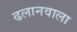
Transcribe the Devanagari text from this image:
ढलानवाला